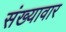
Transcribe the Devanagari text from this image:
संख्यावार